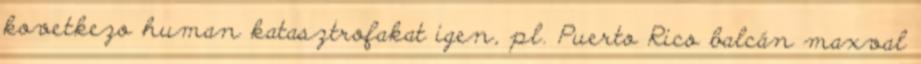
kovetkezo human katasztrofakat igen, pl. Puerto Rico balcán maxval